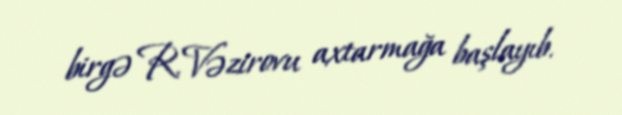
birgə R.Vəzirovu axtarmağa başlayıb.